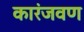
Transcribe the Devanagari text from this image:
कारंजवण